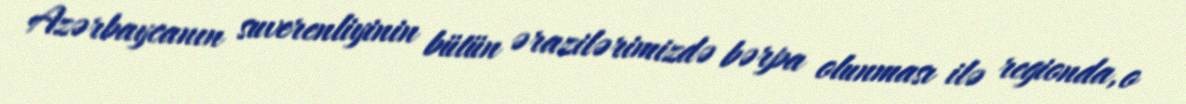
Azərbaycanın suverenliyinin bütün ərazilərimizdə bərpa olunması ilə regionda, o